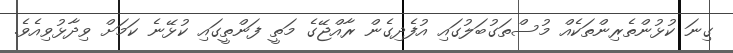
ގިނަ ކުޅުންތެރިންތަކެއް މުސްތަގުބަލުގައި އުފެދިގެން ރާއްޖޭގެ މަތީ ފަންތީގައި ކުޅޭނެ ކަމަށް ވިދާޅުވިއެވެ.